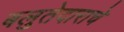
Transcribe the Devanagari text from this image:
बलुतेदाराचे